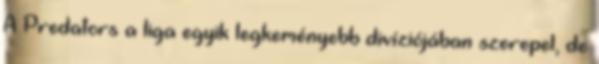
A Predators a liga egyik legkeményebb divíziójában szerepel, de